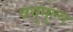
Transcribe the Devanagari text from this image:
वधुमूल्य